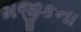
મજીકના